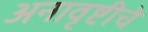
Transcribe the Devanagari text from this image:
अनावृष्टीचे